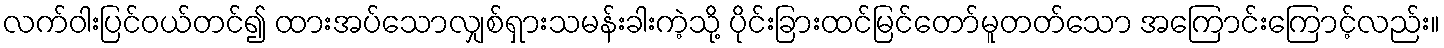
လက်ဝါးပြင်ဝယ်တင်၍ ထားအပ်သောလျှစ်ရှားသမန်းခါးကဲ့သို့ ပိုင်းခြားထင်မြင်တော်မူတတ်သော အကြောင်းကြောင့်လည်း။